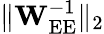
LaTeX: \lVert\mathbf{W}_{\mathrm{EE}}^{-1}\rVert_{2}